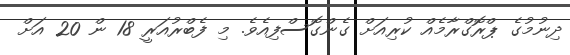
ދިނުމުގެ ޕްރޮގްރާމެއް ކުރިއަށް ގެންގޮސްފިއެވެ. މި ފެބްރުއަރީ 18 ން 20 އަށް